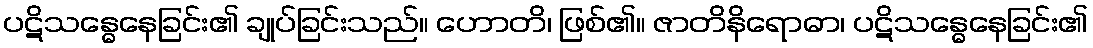
ပဋိသန္ဓေနေခြင်း၏ ချုပ်ခြင်းသည်။ ဟောတိ၊ ဖြစ်၏။ ဇာတိနိရောဓာ၊ ပဋိသန္ဓေနေခြင်း၏